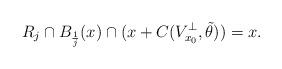
LaTeX: \begin{align*}R_{j}\cap B_{\frac{1}{j}}(x)\cap(x+C(V_{x_{0}}^{\bot},\tilde{\theta}))=x.\end{align*}